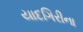
યાદગિરીના